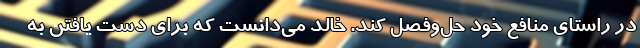
در راستای منافع خود حل‌وفصل کند. خالد می‌دانست که برای دست یافتن به